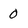
Character: 0